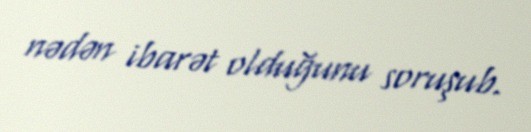
nədən ibarət olduğunu soruşub.